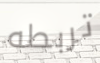
تربطه